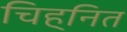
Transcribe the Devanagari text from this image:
चिह्‌नित